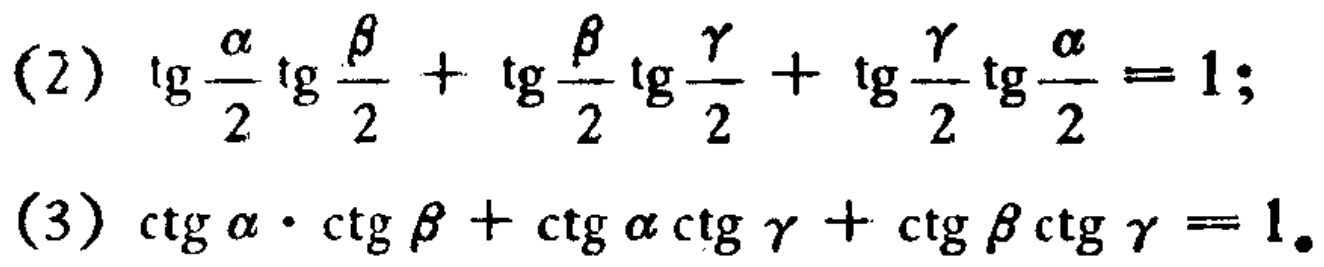
(2) \(\tg\frac{\alpha}{2}\tg\frac{\beta}{2}+\tg\frac{\beta}{2}\tg\frac{\gamma}{2}+\tg\frac{\gamma}{2}\tg\frac{\alpha}{2}=1;\)

(3) \(\ctg\alpha\cdot\ctg\beta+\ctg\alpha\ctg\gamma+\ctg\beta\ctg\gamma = 1.\)